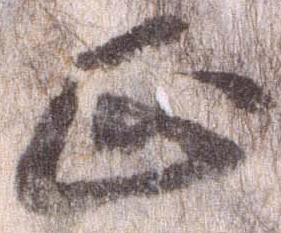
正